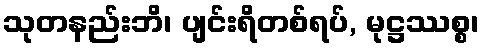
သုတနည်းဘိ၊ ပျင်းရိတစ်ရပ်, မုဋ္ဌဿစ္စ၊